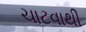
ચાટવાથી